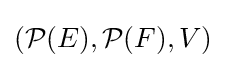
({\mathcal {P}}(E),{\mathcal {P}}(F),V)